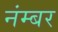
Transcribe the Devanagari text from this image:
नंम्बर